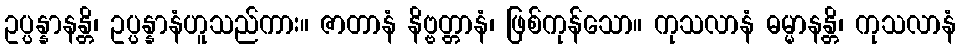
ဥပ္ပန္နာနန္တိ၊ ဥပ္ပန္နာနံဟူသည်ကား။ ဇာတာနံ နိဗ္ဗတ္တာနံ၊ ဖြစ်ကုန်သော။ ကုသလာနံ ဓမ္မာနန္တိ၊ ကုသလာနံ